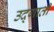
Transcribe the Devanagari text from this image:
उद्गाती